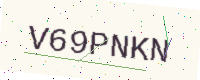
Text: V69PNKN